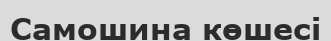
Самошина көшесі